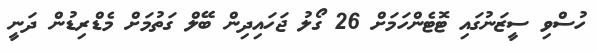
ހުސްވި ސީޒަނުގައި ޓޮޓެންހަމަށް 26 ގޯލު ޖަހައިދިން ބޭލް ގަތުމަށް މެޑްރިޑުން ދަނީ